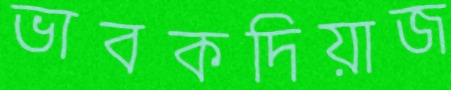
ভাবকদিয়াজ